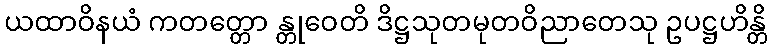
ယထာဝိနယံ ကတတ္တော န္တုဝေတိ ဒိဋ္ဌသုတမုတဝိညာတေသု ဥပဋ္ဌဟိန္တိ